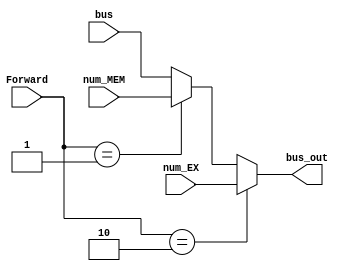
module MUX_forwardingA(input [31:0]bus,num_EX,num_MEM,input [1:0]Forward,output [31:0]bus_out);
assign bus_out=(Forward==2'b10)?num_EX:(Forward==2'b01)?num_MEM:bus;       //10:num_EX 01:num_MEM 00,11:bus
endmodule